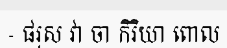
- ផរុស វា ចា កិរិយា ពោល